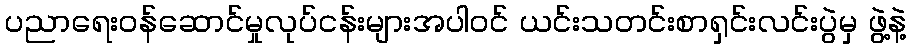
ပညာရေးဝန်ဆောင်မှုလုပ်ငန်းများအပါဝင် ယင်းသတင်းစာရှင်းလင်းပွဲမှ ဖွဲ့နဲ့